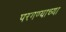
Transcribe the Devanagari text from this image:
परगण्याच्या